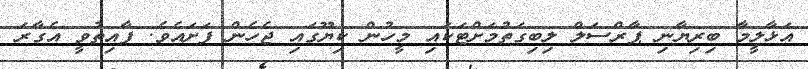
އަޅާލީމާ ބިރިޔާނި ޕާރްސަލް ލިބިގަތުމަށްޓަކައި މީހުން ކިޔޫގައި ޖެހެން ފަށައެވެ. ފާއިތުވީ އެގާރަ